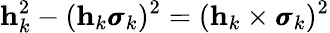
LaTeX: \mathbf h_{k}^{2}-(\mathbf h_{k}\pmb{\sigma}_{k})^{2}=(\mathbf h_{k}\times\pmb{\sigma}_{k})^{2}